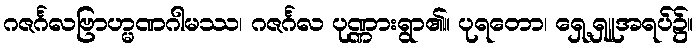
ဂဇင်္ဂလဗြာဟ္မဏဂါမဿ၊ ဂဇင်္ဂလ ပုဏ္ဏားရွာ၏။ ပုရတော၊ ရှေ့ရှူအရပ်၌။